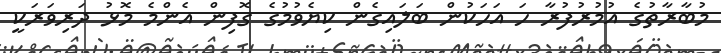
މުބާރާތުގެ އުމުރުފުރާ ހަ އަހަކުން ބަލައިގެން ކިޔެވުމުގެ ގޮފިން އެންމެ މޮޅު ދަރިވަރަކީ